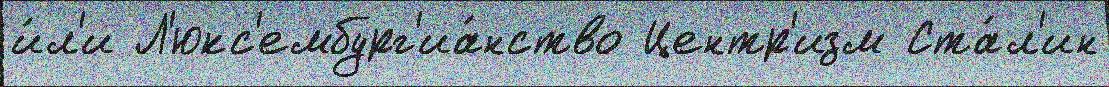
и́л'и Л'юкс'ембург'иа́нство Центр'изм Ста́л'ин